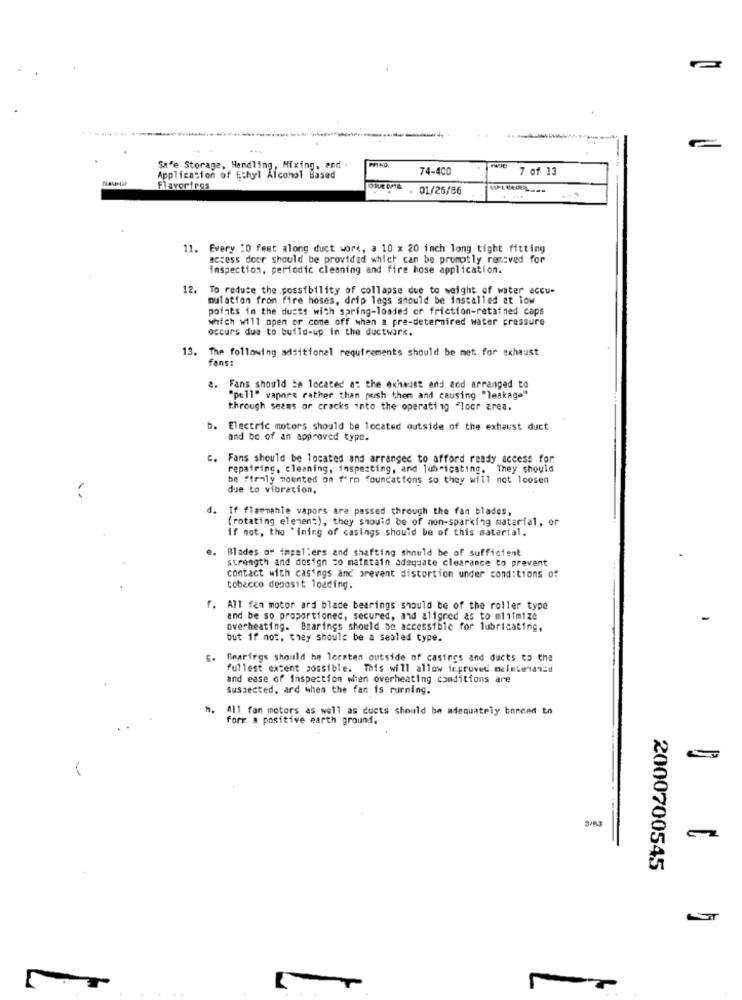
PHAD.
Safe Storage, Handling, Mixing, and .
74-4CD
7 of 13
Application of Ethyl Alcohol Based
Flavorires
01/26/86
------
11. Every :0 feet along duct work, a 10 x 20 inch long tight fitting
access door should be provided which can be promptly recived for
inspection, periodic cleaning and fire hose application.
12.
To reduce the possibility of collapse due to weight of water accu-
mulation from fire hoses, drip legs should be installed at low
points in the dusts with spring-loaded or friction-retained caps
which will open or come off when a pre-deternired water pressure
occurs due to build-up in the ductwork.
13.
The following additionel requirements should be met for exhaust
fans:
2. Fans should be located a: the exhaust end and arranged to
"pull" vapore rather than push them and causing "leakage"
through seems or cracks into the operating Floor area.
Electric motors should be located outside of the exhaust duct
and be of an approved type.
c. Fans should be located and arranged to afford ready access for
repairing, cleaning, inspecting, and lubricating. They should
be firmly mounted on f'rm foundations so they will not loosen
due to vibration.
d. If flammable vapors are passed through the fan blades,
(rotating element), they should be of non-sparking material, or
if not, the 'ining of casings should be of this material.
Blades or impellers and shafting should be of sufficient
strength and design co maintain adequate clearance to prevent
contact with casings and prevent distortion under conditions of
tobacco deposit loading.
f. All fen motor ard blade bearings should be of the roller type
and be so proportioned, secured, and aligned as to minimize
overheating. Bearings should be accessible for lubricating,
but if not, they should be a sealed type.
Bearings should he located outside of casings and ducts to the
fullest extent possible. This will allow icproved meletwaniu
and ease of inspection when overheating conditions are
Suspected, ard when the fan is rurning.
All fan motors as well as ducts should be adequately bonded to
forr a positive earth ground.
3/43
2000700545